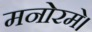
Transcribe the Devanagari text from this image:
मनोरमे।